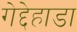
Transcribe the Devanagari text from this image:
गेद्देहाडा